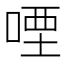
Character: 㖶